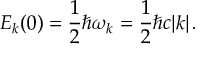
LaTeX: E _ { k } ( 0 ) = \frac { 1 } { 2 } \hbar \omega _ { k } = \frac { 1 } { 2 } \hbar c | k | \, .